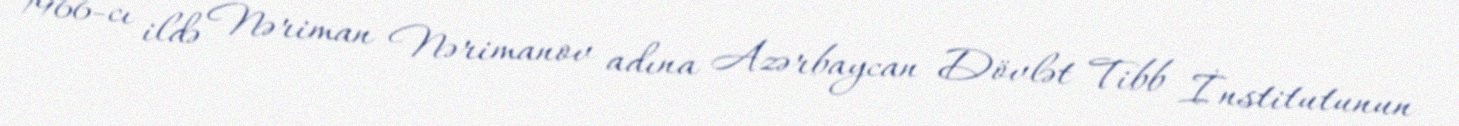
1966-cı ildə Nəriman Nərimanov adına Azərbaycan Dövlət Tibb İnstitutunun